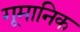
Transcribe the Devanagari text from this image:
गूमानिक